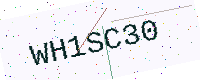
Text: WH1SC30